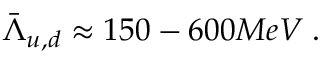
\bar { \Lambda } _ { u , d } \approx 1 5 0 - 6 0 0 M e V \; .